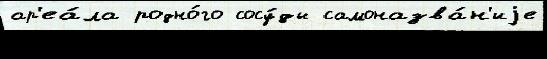
ар'еа́ла родно́го сосу́ды самоназва́н'иjе